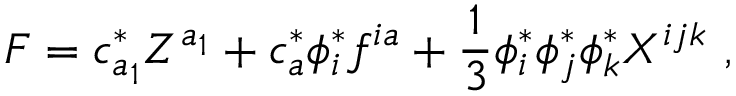
F = c _ { a _ { 1 } } ^ { * } Z ^ { a _ { 1 } } + c _ { a } ^ { * } \phi _ { i } ^ { * } f ^ { i a } + \frac { 1 } { 3 } \phi _ { i } ^ { * } \phi _ { j } ^ { * } \phi _ { k } ^ { * } X ^ { i j k } \ ,